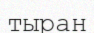
тыран